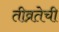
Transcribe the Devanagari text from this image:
तीव्रतेची